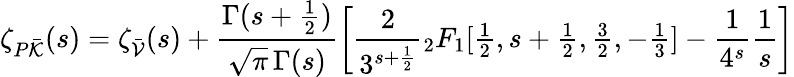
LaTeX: {\zeta_{P\bar{\cal K}}}(s)=\zeta_{\bar{\cal V}}(s)+\frac{\Gamma(s+\frac{1}{2})}{\sqrt{\pi}\, \Gamma(s)}\left[\frac{2}{3^{s+\frac{1}{2}}}{}_{2}F_{1}[{\textstyle\frac{1}{2}},{s+\textstyle\frac{1}{2}},{\textstyle\frac{3}{2}},-{\textstyle\frac{1}{3}}]-\frac{1}{4^{s}}\frac{1}{s}\right]